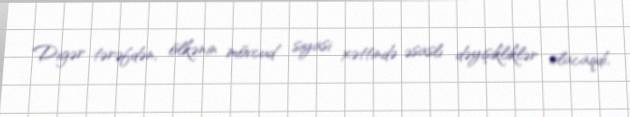
Digər tərəfdən, ölkənin mövcud siyasi xəttində əsaslı dəyişikliklər olacaqdı,